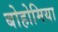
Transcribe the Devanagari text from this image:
बोहोमिया